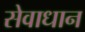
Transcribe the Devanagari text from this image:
सेवाधान